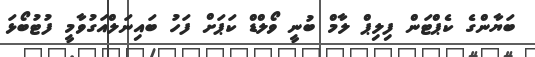
ބަޔާންގެ ކެޕްޓަން ފިލިޕް ލާމް ބުނީ ވޯލްޑް ކަޕަށް ފަހު ބައިނަލްއަގުވާމީ ފުޓުބޯޅަ